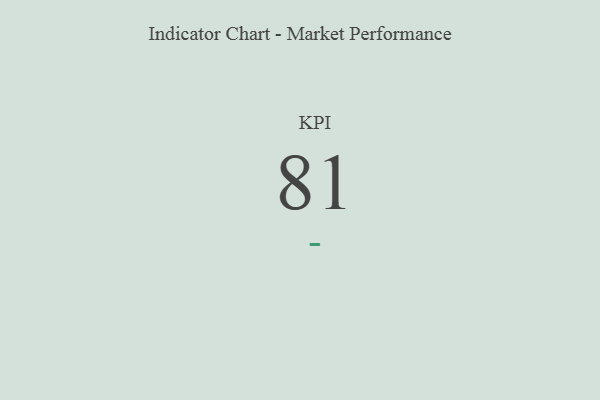
{"axis": {"x": "KPI", "y": "Value"}, "legend": [""], "data": [{"x": "KPI", "y": 81, "type": ""}]}